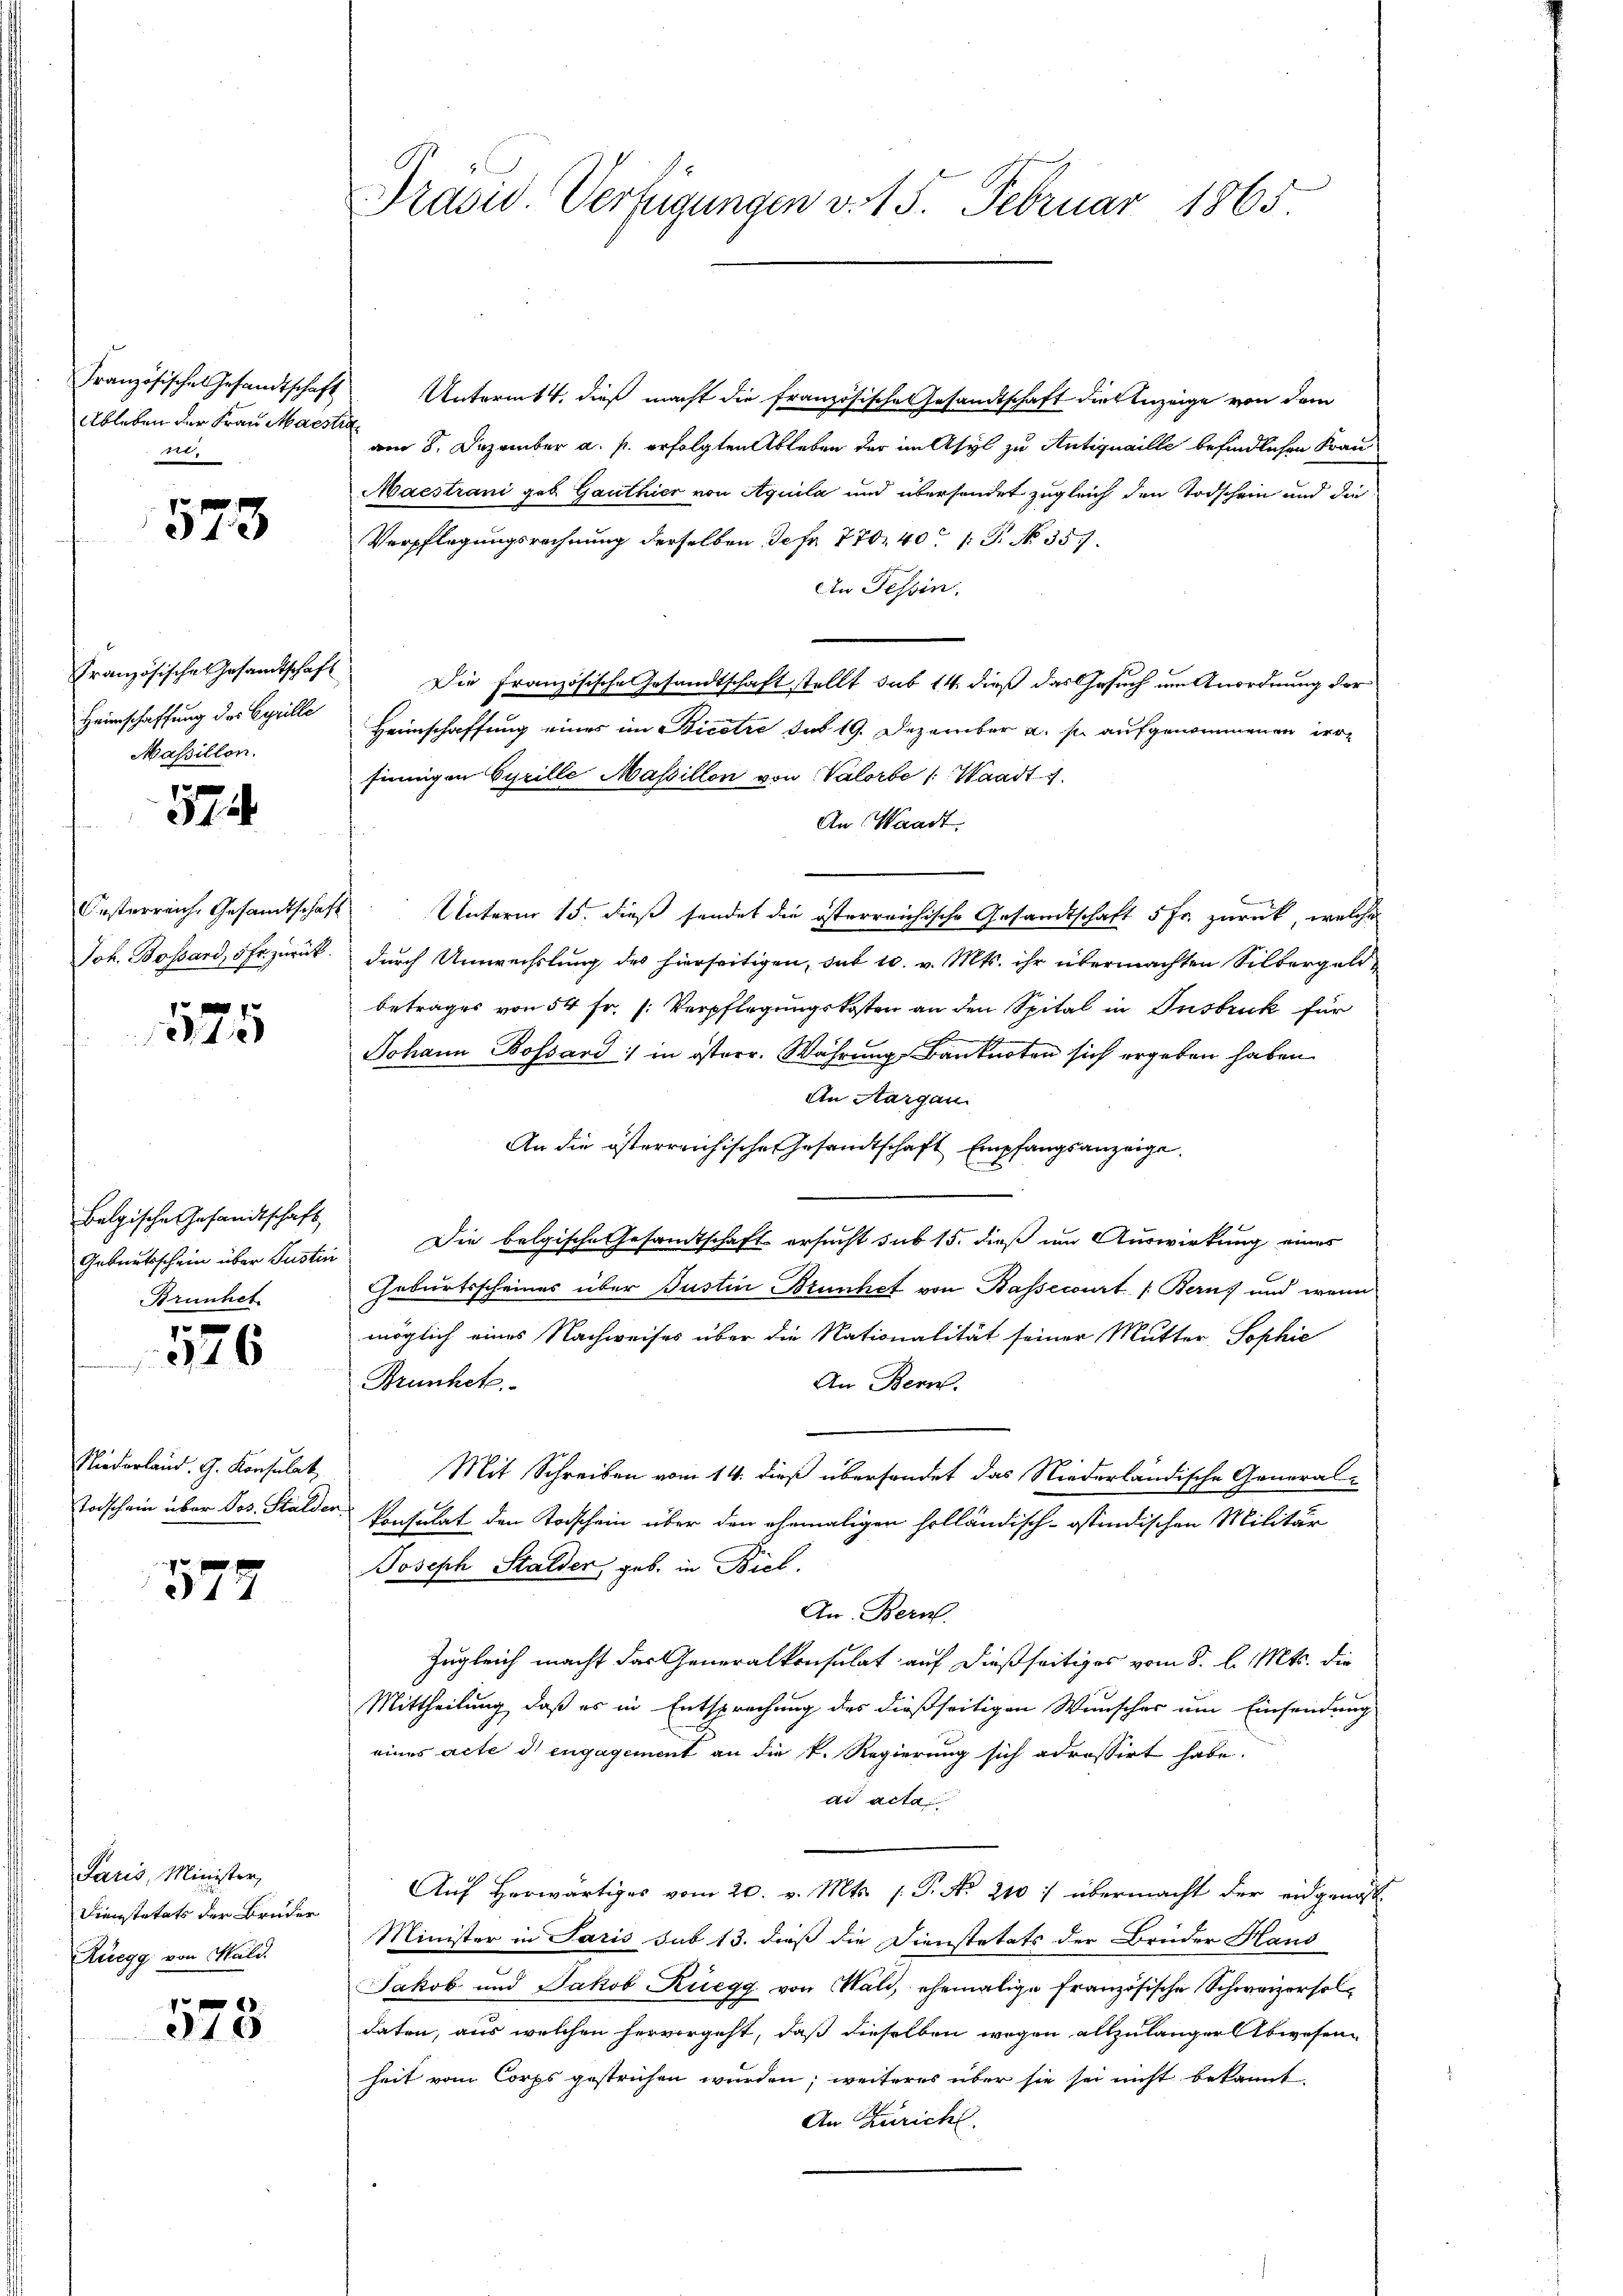
Französisches Gesandtschaft
Ableben der Frau Marste
er

p
373

Französische Gesandtschaft
Heimschaffung des Cyrille
Massillon.

574

Joh. Bossard, 5 Fr. zurück.

4

Belgische Gesandtschaft,
Geburtsschein über Justin
Brünhet

346

Niederland. G. Konsulat
Todschein über Jos. Stalden

1779

Faris, Minister,
Dienstatats der Bruder
Ruegg von Wald.

.
310

Präsid. Verfügungen v. 15. Februar 1865

Unterm 14. dieß macht die französische Gesandtschaft die Anzeige von dem
am 8. Dezember a. p. erfolgten Ableben der im Asyl zu Antiquaille befindlichen Frau
Maestrani geb. Gauthier von Aquila und übersendet zugleich den Todschein und die
Verpflegungsrechnung derselben der 770. 401. No. 357.
An Tessin.
Die Französische Gesandtschaft stellt sub 14 dieß das Gesuch um Anordnung der
Heimschaffung eines im Bicotre das 19. Dezember u. sie aufgenommenen irr
finnigen Cyrille Massillon von Valorbe /: Waadt g
An Waadt.
Oesterreiche Gesandtschaft Unterm 15. dieß sendet die österreichische Gesandtschaft 5 Fr. zurück, welche
durch Umwechslung des hierseitigen, sub 10. v. Mts. ihr übermachten Silbergeldbetrages von 54 fr. (: Verpflegungskosten an den Spital in Insbruck für
Johann Bossard in österr. Währung Banknoten sich ergeben haben.
An Aargau
An die österreichische Gesandtschaft Empfangsanzeige
Die belgische Gesamtschaft ersucht sub 15. dieß im Auswirkung eines
Geburtsscheines über Justin Brünhet von Bassecirt /: Berns und wenn
möglich eines Nachweises über die Nationalität seiner Mutter Sophie
Brünhete.
An Bern.
Mit Schreiben vom 14. dieß übersendet das Niederländische General-
konsulat den Todschein über den ehemaligen holländisch-ostindischen Militär
Joseph Stalden, geb. in Biel.
An Bern.
Zugleich macht das eneralkonsulat auf dießseitiges vom 8. l. Mts. die
Mittheilung, daß es in Entsprechung des dießseitigen Wunscher um Einsendung
eines acte di engagement an die k. Regierung sich adressirt habe.
ad acta
Auf herwärtiges vom 20. v. Mts. (: P. Nr. 210: übermacht der eidgenoss
Minister in Paris sub 13. dieß die Dienstetats der Brüder Hand
Jakob und Jakob Ruegg von Wald, ehemalige Französische Schweizerholdaten, aus welchen hervorgeht, daß dieselben wegen allzulanger Abwesenheit vom Corps gestrichen wurden; weiteres über sie sei nicht bekannt
An Züricht.